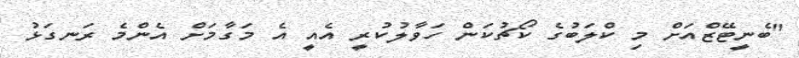
"ބެނީޓޭޒްއަށް މި ކްލަބުގެ ކޯޗުކަން ހަވާލުކުރީ އެއީ އެ މަގާމަށް އެންމެ ރަނގަޅު